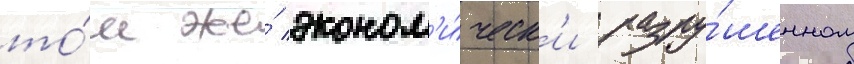
то́м же́ эконом'и́ческ'и разру́шенном